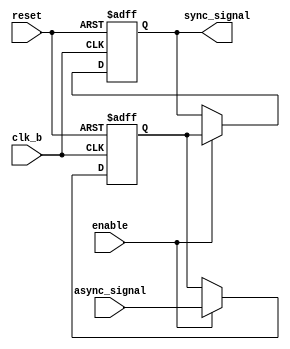
module signal_level_crossing_synchronizer (
    input wire async_signal,  // Input signal from the source clock domain
    input wire clk_b,         // Destination clock
    input wire reset,         // Reset signal
    input wire enable,        // Enable signal
    output reg sync_signal     // Synchronized output signal
);

    // Internal signals for the two stages of synchronization
    reg dff1_out; // Output of the first DFF

    // Synchronization logic
    always @(posedge clk_b or posedge reset) begin
        if (reset) begin
            dff1_out <= 1'b0; // Initialize the first DFF output on reset
            sync_signal <= 1'b0; // Initialize the synchronized output on reset
        end else if (enable) begin
            dff1_out <= async_signal; // Sample async_signal on clk_b
            sync_signal <= dff1_out;   // Sample dff1_out on clk_b
        end
    end

endmodule